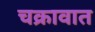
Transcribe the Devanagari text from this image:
चक्रावात